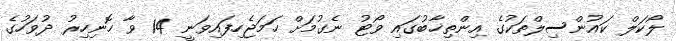
ލޯކަލް ކައުންސިލްތަކުގެ އިންތިޚާބުގައި ވޯޓު ނެގުމަށް ހަމަޖެހިފައިވަނީ 14 ވާ ހޮނިހިރު ދުވަހުގެ